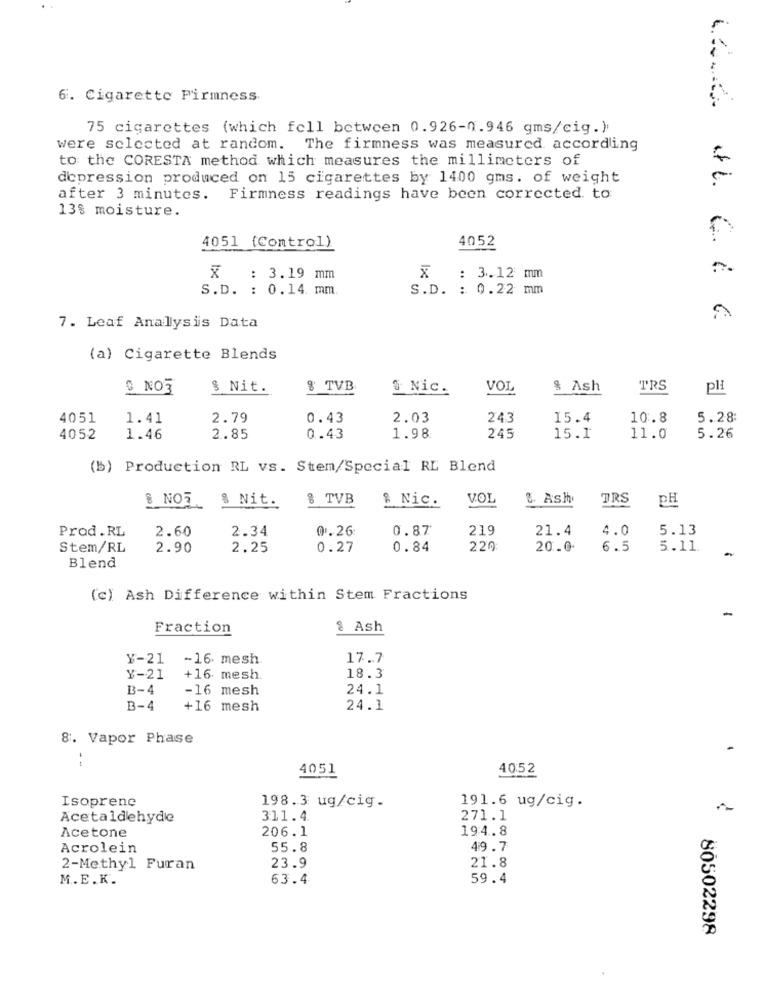
6. Cigarette Firmness
75 cigarettes (which fell between 0.926-0.946 gms/cig.)
were selected at random. The firmness was measured according
to the CORESTA method which measures the millimeters of
depression produced on 15 cigarettes by 1400 gms. of weight
after 3 minutes. Firmness readings have been corrected. to
138 moisture.
4051 (Control)
4052
1x
: 3.19 mm
: 3.12 mm
S.D. : 0.14. mm
S.D. : 0.22 mm
7. Leaf Analysis Data
(a) Cigarette Blends
S NO3
$ Nit.
" TVB
§ Nic.
VOL
$ Ash
TRS
4051
1.41
2.79
0.43
2.03
243
15.4
10.8
5.28
4052
1.46
2.85
0.43
1.98
245
15.1
11.0
5.26
(b) Production RL vs. Stem/Special RL Blend
& NO5
8 TVB
& Nic.
VOL
2. ASH
TRS
pH
& Nit.
Prod.RL
2.60
2.34
01.26
0.87
219
21.4
4.0
5.13
Stem/RL
2.90
2.25
0.27
0.84
220
20.0.
6.5
5.11.
Blend
(c) Ash Difference within Stem Fractions
Fraction
@ Ash
Y-21
-16. mesh
17.7
Y-21
+16 mesh.
18.3
B-4
-16 mesh
24.1
B-4
+16 mesh
24.1
8. Vapor Phase
4051
40.52
Isoprenc
198.3 ug/cig.
191.6 ug/cig.
Acetaldehyde
311.4.
271.1
194.8
Acetone
206.1
Acrolein
55.8
49.7
2-Methyl Furan
23.9
21.8
M.E. K.
63.4
59.4
80502298